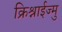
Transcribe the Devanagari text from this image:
क्रिश्नाईज्मु